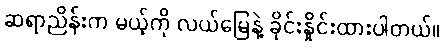
ဆရာညိန်းက မယ့်ကို လယ်မြေနဲ့ ခိုင်းနှိုင်းထားပါတယ်။